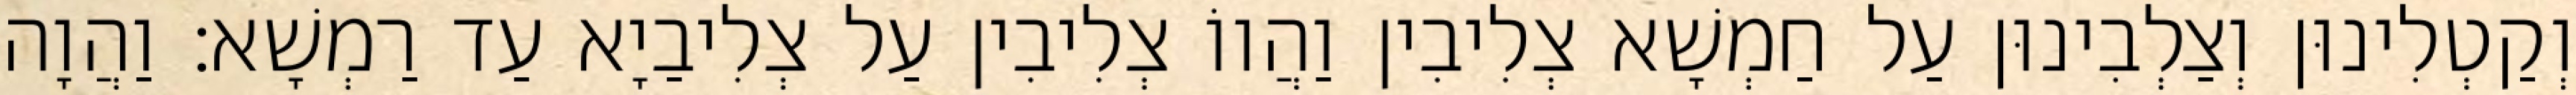
וְקַטְלִינוּן וְצַלְבִינוּן עַל חַמְשָׁא צְלִיבִין וַהֲווֹ צְלִיבִין עַל צְלִיבַיָא עַד רַמְשָׁא׃ וַהֲוָה